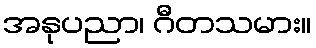
အနုပညာ၊ ဂီတသမား။